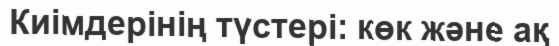
Киімдерінің түстері: көк және ақ